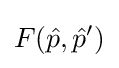
F({\hat {p}},{\hat {p}}')